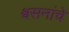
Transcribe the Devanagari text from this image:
श्वसनांचे